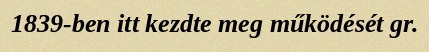
1839-ben itt kezdte meg működését gr.